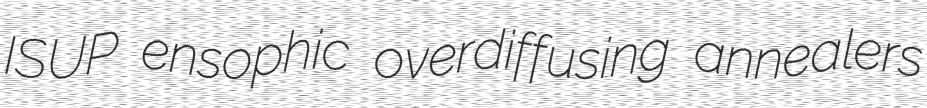
ISUP ensophic overdiffusing annealers